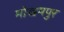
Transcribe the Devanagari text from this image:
मोखमपुर